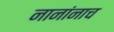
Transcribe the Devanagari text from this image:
नानांनाच